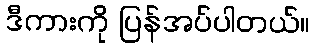
ဒီကားကို ပြန်အပ်ပါတယ်။